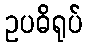
ဥပဓိရုပ်